Vaccination report Assam 1896-1927 - 1896-1927
Year: 1896
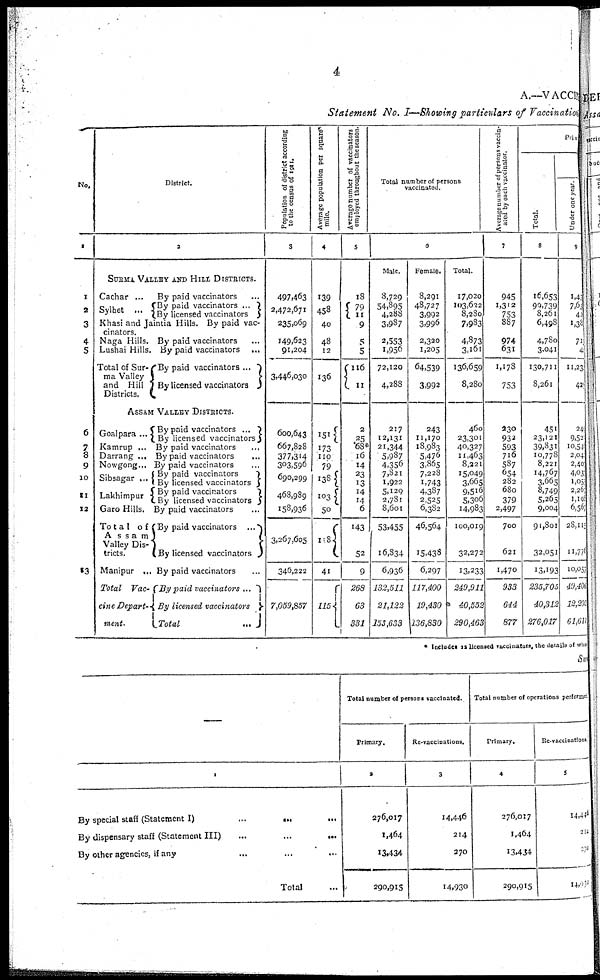
4
A.—VACCINE
Statement No. I—Showing particulars of Vaccination
No.
1
1
2
3
4
5
6
7
8
9
10
11
12
13
District.
2
SURMA VALLEY AND HILL DISTRICTS.
Cachar ...
By paid vaccinators ...
Syihet ...
By paid vaccinators ...
By licensed vaccinators ...
Khasi and Jaintia Hills. By paid vac-
cinators.
Naga Hills. By paid vaccinators ...
Lushai Hills. By paid vaccinators ...
Total of Sur¬
ma Valley
and Hill
Districts.
By paid vaccinators ...
By licensed vaccinators ...
ASSAM VALLEY DISTRICTS.
Goalpara ...
By paid vaccinators ...
By licensed vaccinators
Kamrup ... By paid vaccinators ...
Darrang ... By paid vaccinators ...
Nowgong... By paid vaccinators
Sibsagar ...
Lakhimpur
By paid vaccinators
By licensed vaccinators
By paid vaccinators
By licensed vaccinators
Garo Hills. By paid vaccinators ...
Total of
A s s a m
Valley Dis-
tricts.
By paid vaccinators ...
By licensed vaccinators ...
Manipur ... By paid vaccinators ...
Total
Vac-
cine Depart-
ment.
By paid vaccinators ...
By licensed vaccinators
Total
...
Population of district according
to the census of 1911.
3
497,463
2,472,671
235,069
149,623
91,204
3,446,030
600,643
667,828
377,314
303,596
690,299
468,989
158,936
3,267,605
346,222
7,059,857
Average population per square
mile.
4
139
458
40
48
12
136
151
173
110
79
138
103
50
108
41
115
Average number of vaccinators
employed throughout the season.
5
18
79
11
9
5
5
116
11
2
25
68*
16
14
23
13
14
14
6
143
52
9
268
63
331
Total number of persons
vaccinated.
6
Male.
8,729
54,895
4,288
3,987
2,553
1,956
72,120
4,288
217
12,131
21,344
5,987
4,356
7,821
1,922
5,129
2,781
8,601
53,455
16,834
6,936
132,511
21,122
153,633
Female.
8,291
48,727
3,992
3,996
2,320
1,205
64,539
3,992
243
11,170
18,983
5,476
3,865
7,228
1,743
4,387
2,525
6,382
46,564
15,438
6,297
117,400
19,430
136,830
Total.
17,020
103,622
8,280
7,983
4,873
3,161
136,659
8,280
460
23,301
40,327
11,463
8,221
15,049
3,665
9,516
5,306
14,983
100,019
32,272
13,233
249,911
40,552
290,463
Average number of persons vaccin-
ated by each vaccinator.
7
945
1,312
753
887
974
631
1,178
753
330
932
593
716
587
654
282
680
379
2,497
700
621
1,470
933
644
877
Pan
Total.
8
16,653
99,739
8,261
6,498
4,730
3,041
130,711
8,261
451
23,121
39,831
10,778
8,221
14,767
3,665
8,749
5,265
9,004
91,801
32,051
13,193
235,705
40,312
276,017
Under one year.
9
1,43
7,60
42
1,38
71
4
11,23
420
24
9,52
10,54
2,04
2,40
4,03
1,05
2,26
1,198
6,56
28,118
11,776
10,057
49,406
12,203
61,611
* Includes 12 licensed vaccinators, the details of who
Sum
1
By special staff (Statement I)
...
...
...
By dispensary staff (Statement III)
...
...
...
By other agencies, if any
Total ...
Total number of persons vaccinated.
Primary.
2
276,017
1,464
13,434
290,915
Re-vaccinations.
3
14,446
214
270
14,930
Total number of operations performes
Primary.
4
276,017
1,464
13,434
290,915
Re vaccinations.
5
14,446
214
270
14,030